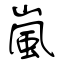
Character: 嵐